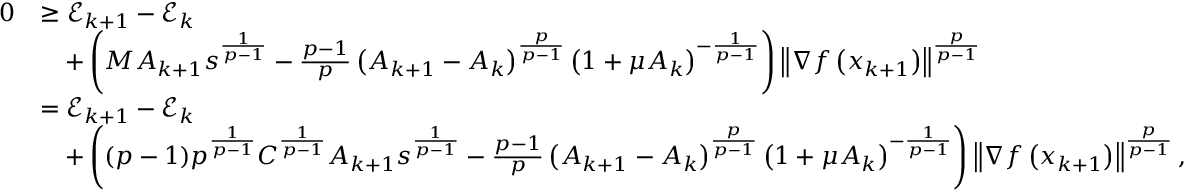
\begin{array} { r l } { 0 } & { \geq \mathcal { E } _ { k + 1 } - \mathcal { E } _ { k } } \\ & { \quad + \left( M A _ { k + 1 } s ^ { \frac { 1 } { p - 1 } } - \frac { p - 1 } { p } \left( A _ { k + 1 } - A _ { k } \right) ^ { \frac { p } { p - 1 } } \left( 1 + \mu A _ { k } \right) ^ { - \frac { 1 } { p - 1 } } \right) \left\Vert \nabla f \left( x _ { k + 1 } \right) \right\Vert ^ { \frac { p } { p - 1 } } } \\ & { = \mathcal { E } _ { k + 1 } - \mathcal { E } _ { k } } \\ & { \quad + \left( ( p - 1 ) p ^ { \frac { 1 } { p - 1 } } C ^ { \frac { 1 } { p - 1 } } A _ { k + 1 } s ^ { \frac { 1 } { p - 1 } } - \frac { p - 1 } { p } \left( A _ { k + 1 } - A _ { k } \right) ^ { \frac { p } { p - 1 } } \left( 1 + \mu A _ { k } \right) ^ { - \frac { 1 } { p - 1 } } \right) \left\Vert \nabla f \left( x _ { k + 1 } \right) \right\Vert ^ { \frac { p } { p - 1 } } , } \end{array}